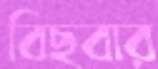
বিছবার